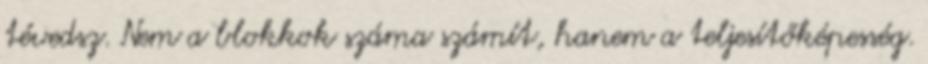
tévedsz. Nem a blokkok száma számít, hanem a teljesítőképesség.